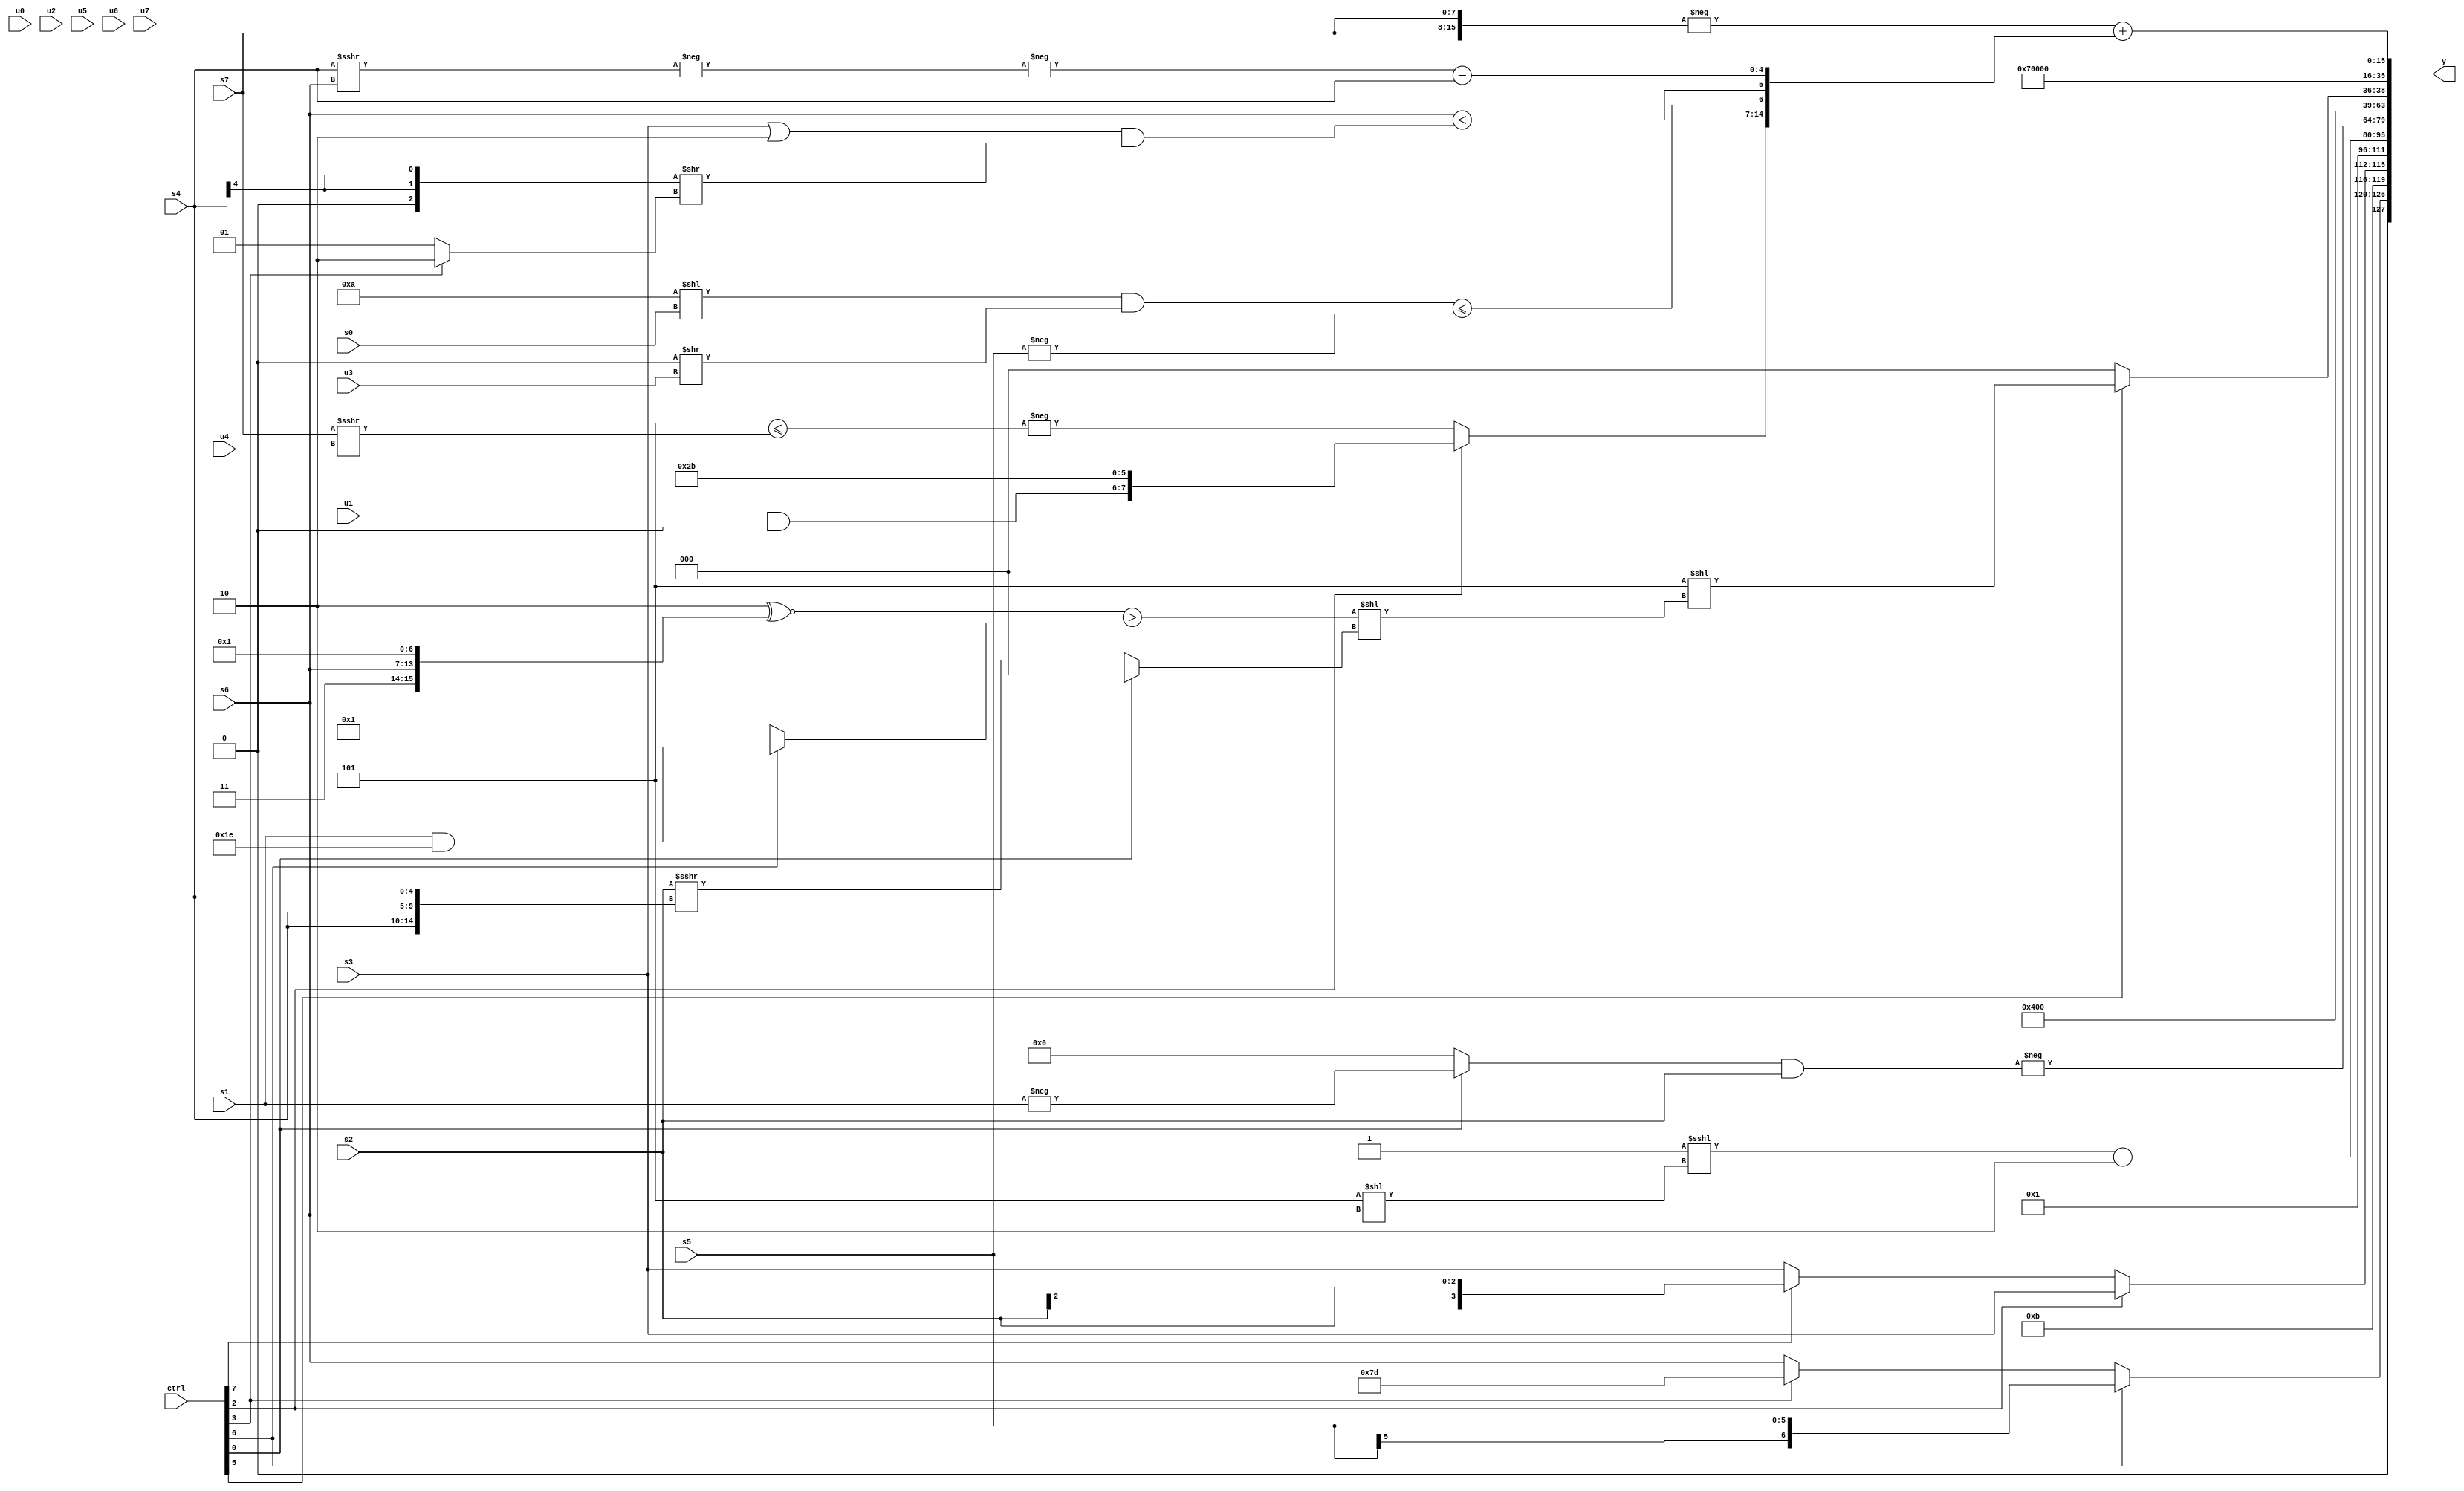
module wideexpr_00342(ctrl, u0, u1, u2, u3, u4, u5, u6, u7, s0, s1, s2, s3, s4, s5, s6, s7, y);
  input [7:0] ctrl;
  input [0:0] u0;
  input [1:0] u1;
  input [2:0] u2;
  input [3:0] u3;
  input [4:0] u4;
  input [5:0] u5;
  input [6:0] u6;
  input [7:0] u7;
  input signed [0:0] s0;
  input signed [1:0] s1;
  input signed [2:0] s2;
  input signed [3:0] s3;
  input signed [4:0] s4;
  input signed [5:0] s5;
  input signed [6:0] s6;
  input signed [7:0] s7;
  output [127:0] y;
  wire [15:0] y0;
  wire [15:0] y1;
  wire [15:0] y2;
  wire [15:0] y3;
  wire [15:0] y4;
  wire [15:0] y5;
  wire [15:0] y6;
  wire [15:0] y7;
  assign y = {y0,y1,y2,y3,y4,y5,y6,y7};
  assign y0 = {{6'sb001110,{1{(ctrl[6]?$signed(s5):(ctrl[3]?6'sb111101:s6))}}},4'b1011,(ctrl[2]?s3:(ctrl[7]?s2:$signed(s3)))};
  assign y1 = 2'sb01;
  assign y2 = ((+(2'sb11))<<<((4'sb1101)<<($signed(s6))))-($signed(+(+(3'sb110))));
  assign y3 = -(((ctrl[0]?+(-(s1)):2'sb00))&(s2));
  assign y4 = $signed(+(3'sb010));
  assign y5 = {(ctrl[5]?(+(-(((2'sb10)>>>(6'sb100100))-(3'sb100))))<<(($unsigned((($signed(2'b10))^~({2'sb11,s6,2'sb00,5'sb00001}))>((ctrl[6]?(s1)&(5'sb11110):1'b1))))<<((ctrl[0]?($signed((s0)<<<(s5)))<<<(2'sb11):($signed(+(s2)))>>>({1{{3{s4}}}})))):1'sb0),{4'b0111}};
  assign y6 = {3{1'sb0}};
  assign y7 = ({1{-({3{s7}})}})+({(ctrl[2]?$signed({(u1)&(2'sb00),6'sb101011}):-((3'sb101)<=((s7)>>>(u4)))),({((5'sb11010)<<(s0))&((5'sb00000)>>(u3))})<=({-($signed(s5))}),(s6)<(((s3)|(3'sb110))&(((s4)>>(4'b0101))>>((ctrl[3]?2'sb10:2'sb01)))),(-(-((s4)>>>(s6))))-(s4)});
endmodule